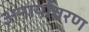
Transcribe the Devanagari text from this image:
अनार्याचरण